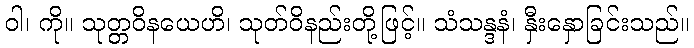
ဝါ၊ ကို။ သုတ္တဝိနယေဟိ၊ သုတ်ဝိနည်းတို့ဖြင့်။ သံသန္ဒနံ၊ နှီးနှောခြင်းသည်။